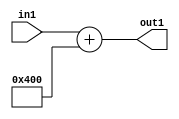
`timescale 1ps / 1ps
/*****************************************************************************
    Verilog RTL Description
    
    
    Created by: Stratus DpOpt 2019.1.01 
*******************************************************************************/

module SobelFilter_gen000001_4 (
	in1,
	out1
	); /* architecture "behavioural" */ 
input [8:0] in1;
output [10:0] out1;
wire [10:0] asc001;

assign asc001 = 
	+(in1)
	+(11'B10000000000);

assign out1 = asc001;
endmodule

/* CADENCE  urf2Sgs= : u9/ySgnWtBlWxVPRXgAZ4Og= ** DO NOT EDIT THIS LINE ******/